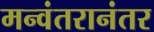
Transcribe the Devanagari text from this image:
मन्वंतरानंतर